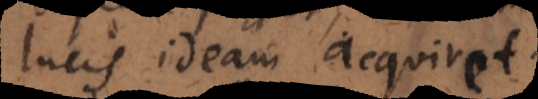
lucis ideam acquiret.